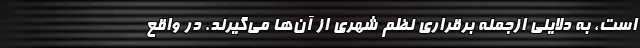
است، به دلایلی ازجمله برقراری نظم شهری از آن‌ها می‌گیرند. در واقع